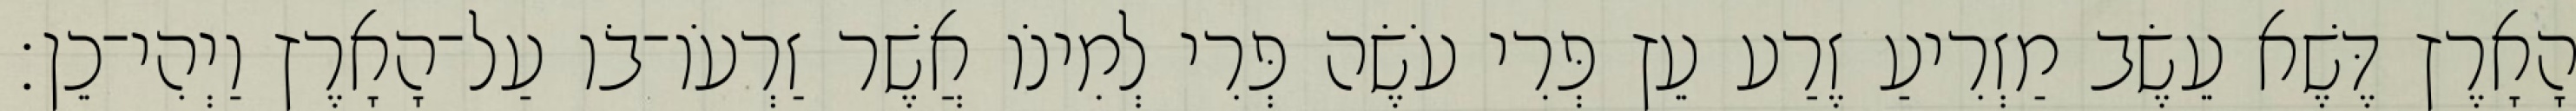
הָאָרֶץ דֶּשֶׁא עֵשֶׂב מַזְרִיעַ זֶרַע עֵץ פְּרִי עֹשֶׂה פְּרִי לְמִינֹו אֲשֶׁר זַרְעֹו־בֹו עַל־הָאָרֶץ וַיְהִי־כֵן׃